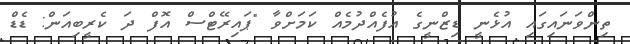
ތިންވަނައިގައި އުޅެނީ ޑިޒްނީގެ އުފެއްދުމެއް ކަމަށްވާ "ޕައިރޭޓްސް އޮފް ދަ ކެރީބިއަން: ޑެޑް